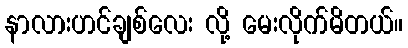
နာလားဟင်ချစ်လေး လို့ မေးလိုက်မိတယ်။